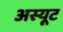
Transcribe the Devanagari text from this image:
अस्यूट